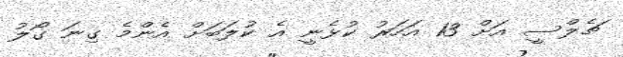
ޗެލްސީ އަށް 13 އަހަރު ކުޅެނީ އެ ކުލަބަށް އެންމެ ގިނަ ގޯލު